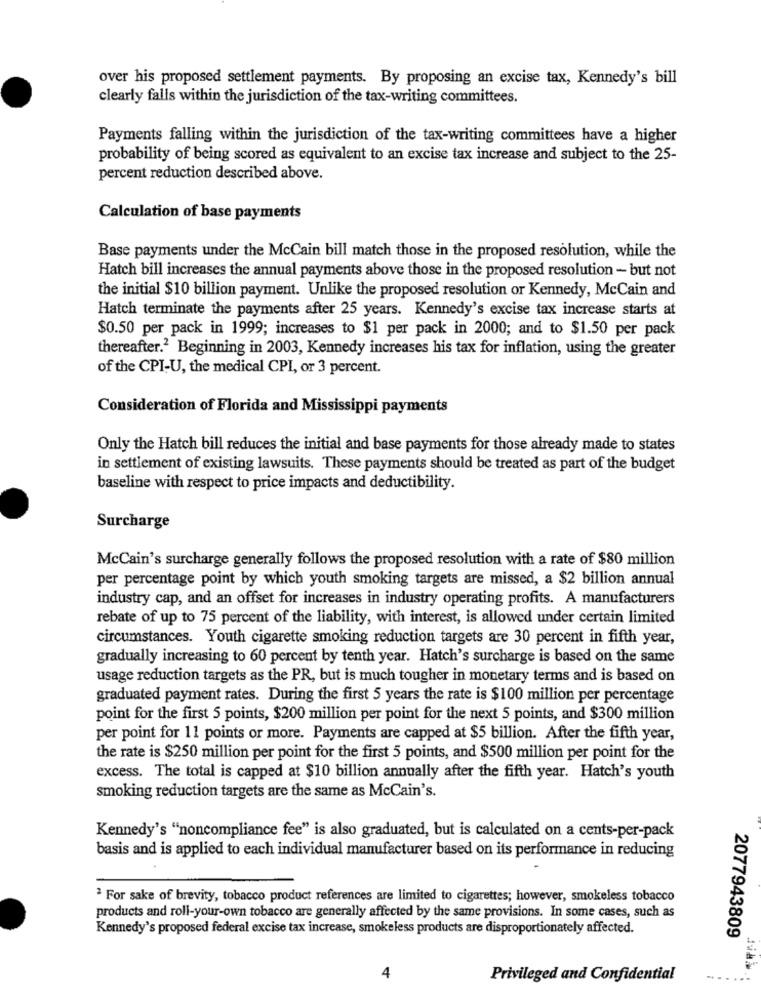
over his proposed settlement payments. By proposing an excise tax, Kennedy's bill
clearly falls within the jurisdiction of the tax-writing committees.
Payments falling within the jurisdiction of the tax-writing committees have a higher
probability of being scored as equivalent to an excise tax increase and subject to the 25-
percent reduction described above.
Calculation of base payments
Base payments under the McCain bill match those in the proposed resolution, while the
Hatch bill increases the annual payments above those in the proposed resolution - but not
the initial $10 billion payment. Unlike the proposed resolution or Kennedy, McCain and
Hatch terminate the payments after 25 years. Kennedy's excise tax increase starts at
$0.50 per pack in 1999; increases to $1 per pack in 2000; and to $1.50 per pack
thereafter.2 Beginning in 2003, Kennedy increases his tax for inflation, using the greater
of the CPI-U, the medical CPI, or 3 percent.
Consideration of Florida and Mississippi payments
Only the Hatch bill reduces the initial and base payments for those already made to states
in settlement of existing lawsuits. These payments should be treated as part of the budget
baseline with respect to price impacts and deductibility.
Surcharge
McCain's surcharge generally follows the proposed resolution with a rate of $80 million
per percentage point by which youth smoking targets are missed, a $2 billion annual
industry cap, and an offset for increases in industry operating profits. A manufacturers
rebate of up to 75 percent of the liability, with interest, is allowed under certain limited
circumstances. Youth cigarette smoking reduction targets are 30 percent in fifth year,
gradually increasing to 60 percent by tenth year. Hatch's surcharge is based on the same
usage reduction targets as the PR, but is much tougher in monetary terms and is based on
graduated payment rates. During the first 5 years the rate is $100 million per percentage
point for the first 5 points, $200 million per point for the next 5 points, and $300 million
per point for 11 points or more. Payments are capped at $5 billion. After the fifth year,
the rate is $250 million per point for the first 5 points, and $500 million per point for the
excess. The total is capped at $10 billion annually after the fifth year. Hatch's youth
smoking reduction targets are the same as McCain's.
Kennedy's "noncompliance fee" is also graduated, but is calculated on a cents-per-pack
basis and is applied to each individual manufacturer based on its performance in reducing
For sake of brevity, tobacco product references are limited to cigarettes; however, smokeless tobacco
products and roll-your-own tobacco are generally affected by the same provisions. In some cases, such as
Kennedy's proposed federal excise tax increase, smokeless products are disproportionately affected.
2077943809
4
Privileged and Confidential